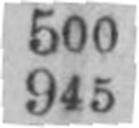
945